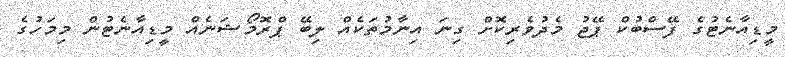
މީޑިއާނެޓުގެ ފޭސްބުކް ޕޭޖު މެދުވެރިކޮށް ގިނަ އިނާމުތަކެއް ލިބޭ ޕްރޮމޯޝަނެއް މީޑިއާނެޓުން މިމަހުގެ